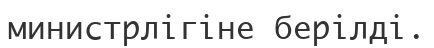
министрлігіне берілді.